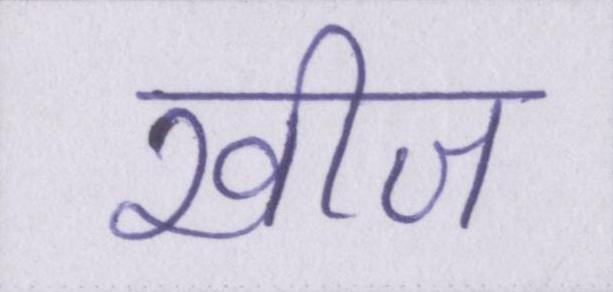
खीज